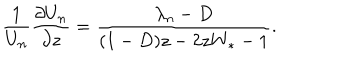
\frac { 1 } { U _ { n } } \frac { \partial U _ { n } } { \partial z } = \frac { \lambda _ { n } - D } { ( 1 - D ) z - 2 z W _ { * } - 1 } .